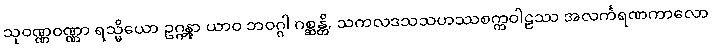
သုဝဏ္ဏဝဏ္ဏာ ရသ္မိယော ဥဂ္ဂန္တွာ ယာဝ ဘဝဂ္ဂါ ဂစ္ဆန္တိ, သကလဒသသဟဿစက္ကဝါဠဿ အလင်္ကရဏကာလော